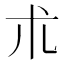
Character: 朮